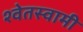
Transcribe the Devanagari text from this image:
श्वेतस्वामी